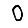
Digit: 0